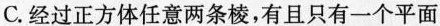
C.经过正方体任意两条棱，有且只有一个平面